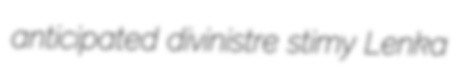
anticipated divinistre stimy Lenka